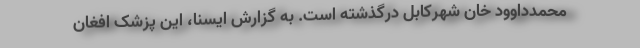
محمدداوود خان شهرکابل درگذشته است. به گزارش ایسنا، این پزشک افغان